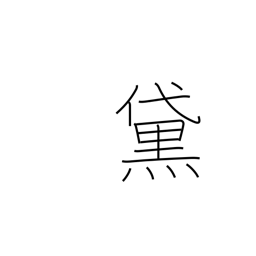
Meaning: blackened eyebrows